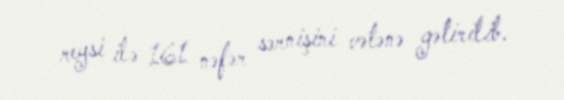
reysi ilə 161 nəfər sərnişini vətənə gətirilib.